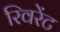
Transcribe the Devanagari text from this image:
रिवरेंट